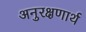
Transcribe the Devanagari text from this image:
अनुरक्षणार्थ